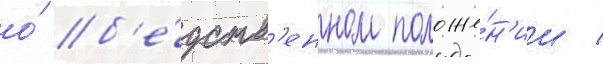
о́ б'е́дств'енном положе́н'ии /